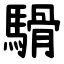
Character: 䮩